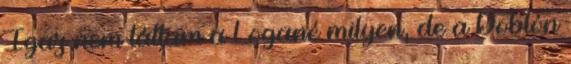
Igaz nem láttam a Logané milyen, de a Doblón